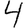
Digit: 4